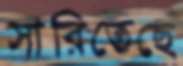
সারিতেছে